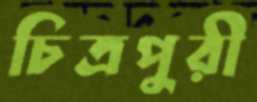
চিত্রপুরী